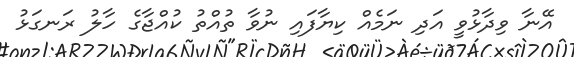
އޭނާ ވިދާޅުވީ އަދި ނަމެއް ކިޔާފައި ނުވާ ތުއްތު ކުއްޖާގެ ހާލު ރަނގަޅު